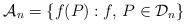
LaTeX: \begin{align*}\mathcal{A}_n = \{f(P) : f, \, P\in\mathcal{D}_n\}\end{align*}